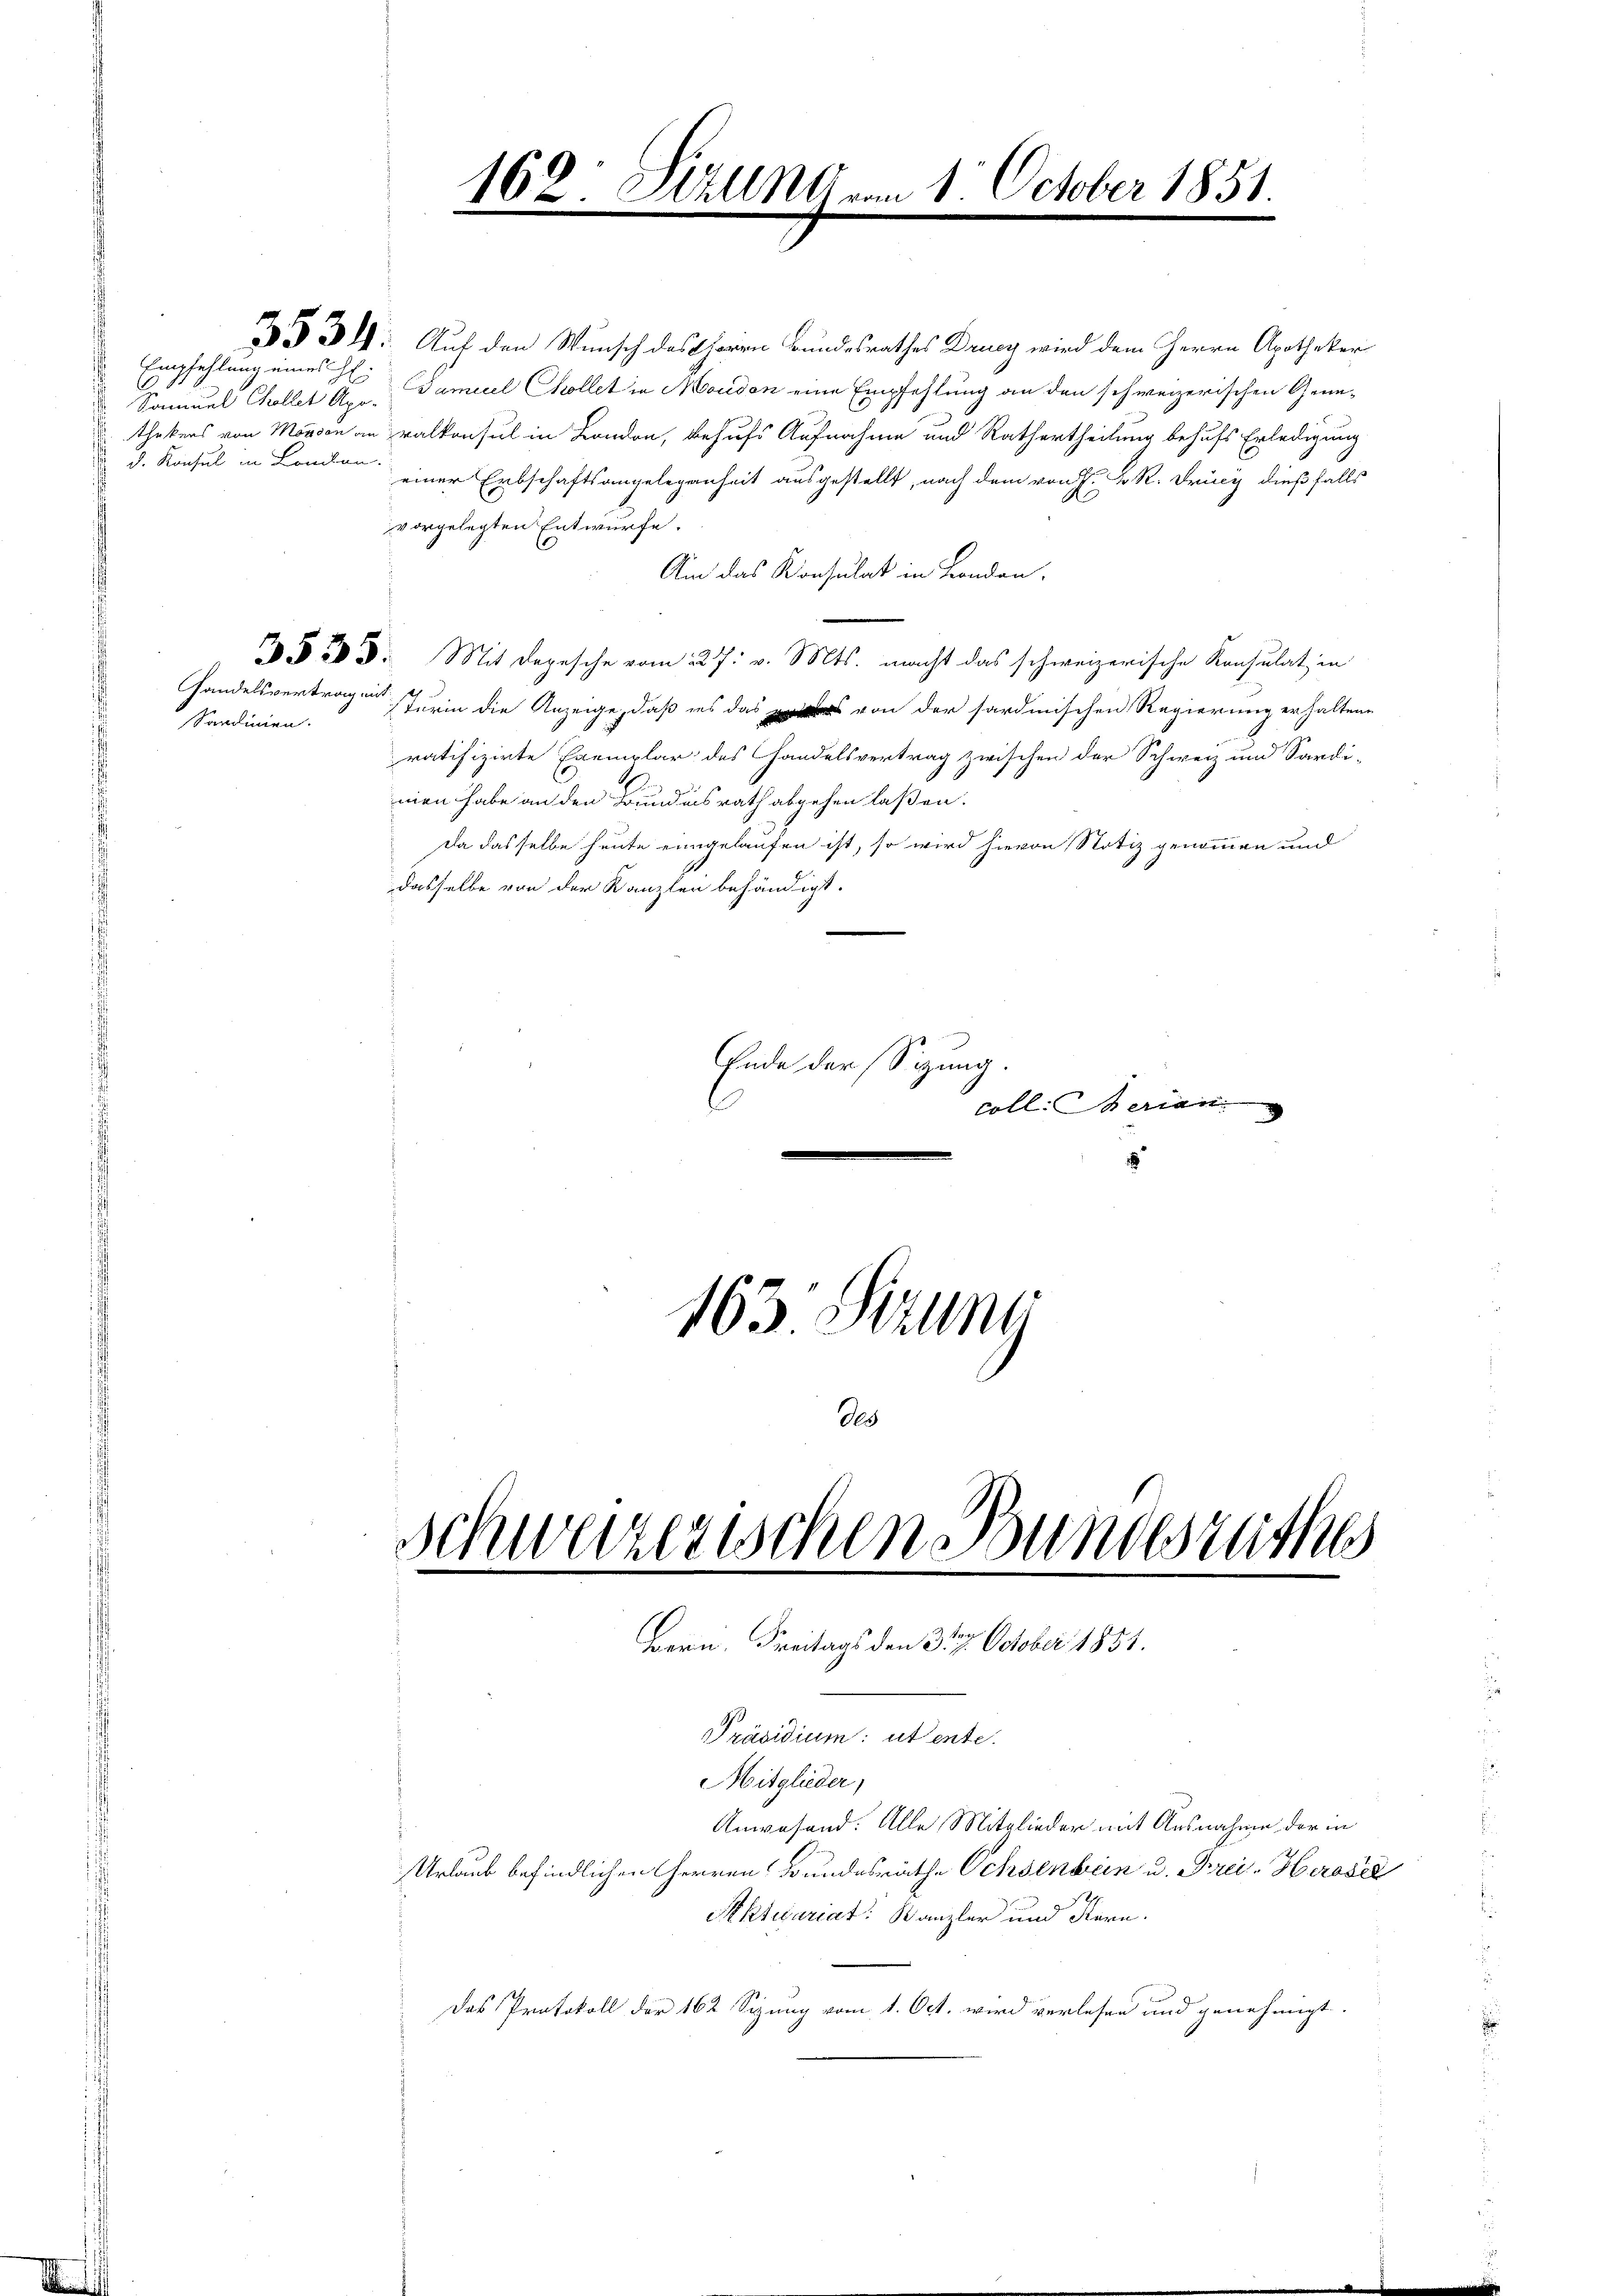
Samuel Choller Apo-
 D. Konsul in Lonlan

Handelsvertrag mit:
Sardinien.

160 Sizung von 1 October 1851.

3531. Auf den Wunsch des Corren Bundesrathes Drucy wird dem Herrn Apotheker
Empfehlung eines H. Cameel Collet in Morden eine Empfehlung an den schweizerischen Genethekers von Monsen an Balkonsul in London, behufs Aufnahme und Rathertheilung behufs Erledigung
einer Erbschaftsangelegenheit ausgestellt, nach dem von H. K. R. Fricz dießfalls
vorgelegten Entwurfe.
Um das Konsulat in London,
§ 23. Mit Depesche vom 227. v. Mts. macht das schweizerische Konsulat in
sturin die Anzeige, daß ins dass von der fardmischen Regierung erhaltene
ratifizirte Exemplar des Handelsvertrag zwischen der Schweiz und Sardi-
men habe an den Grundesrath abgehen laßen.
Da dasselbe heute eingelaufen ist, so wird hievon Notiz genommen und
dasselbe von der Kanzlen behändigt.
Ende der Sizung.
coll. Merian
8
163. Sizun

Bundesrathes
Schweizerischen
Bern. Freitags den 327. October 1851.
Präsidium: ut ente.
Mitglieder,
Anwesend: Alle Mitglieder mit Ausnahme der in
Urlaub befindlichen Herren Bundesräthe Ochsenbein u. Drei. Herosel
Aktuariat: Kanzler und Karn
Das Protokoll der 162 Sizung vom 1. Oct. wird verlesen und genehmigt.

des